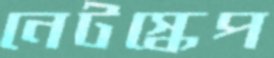
নেটস্কেপ